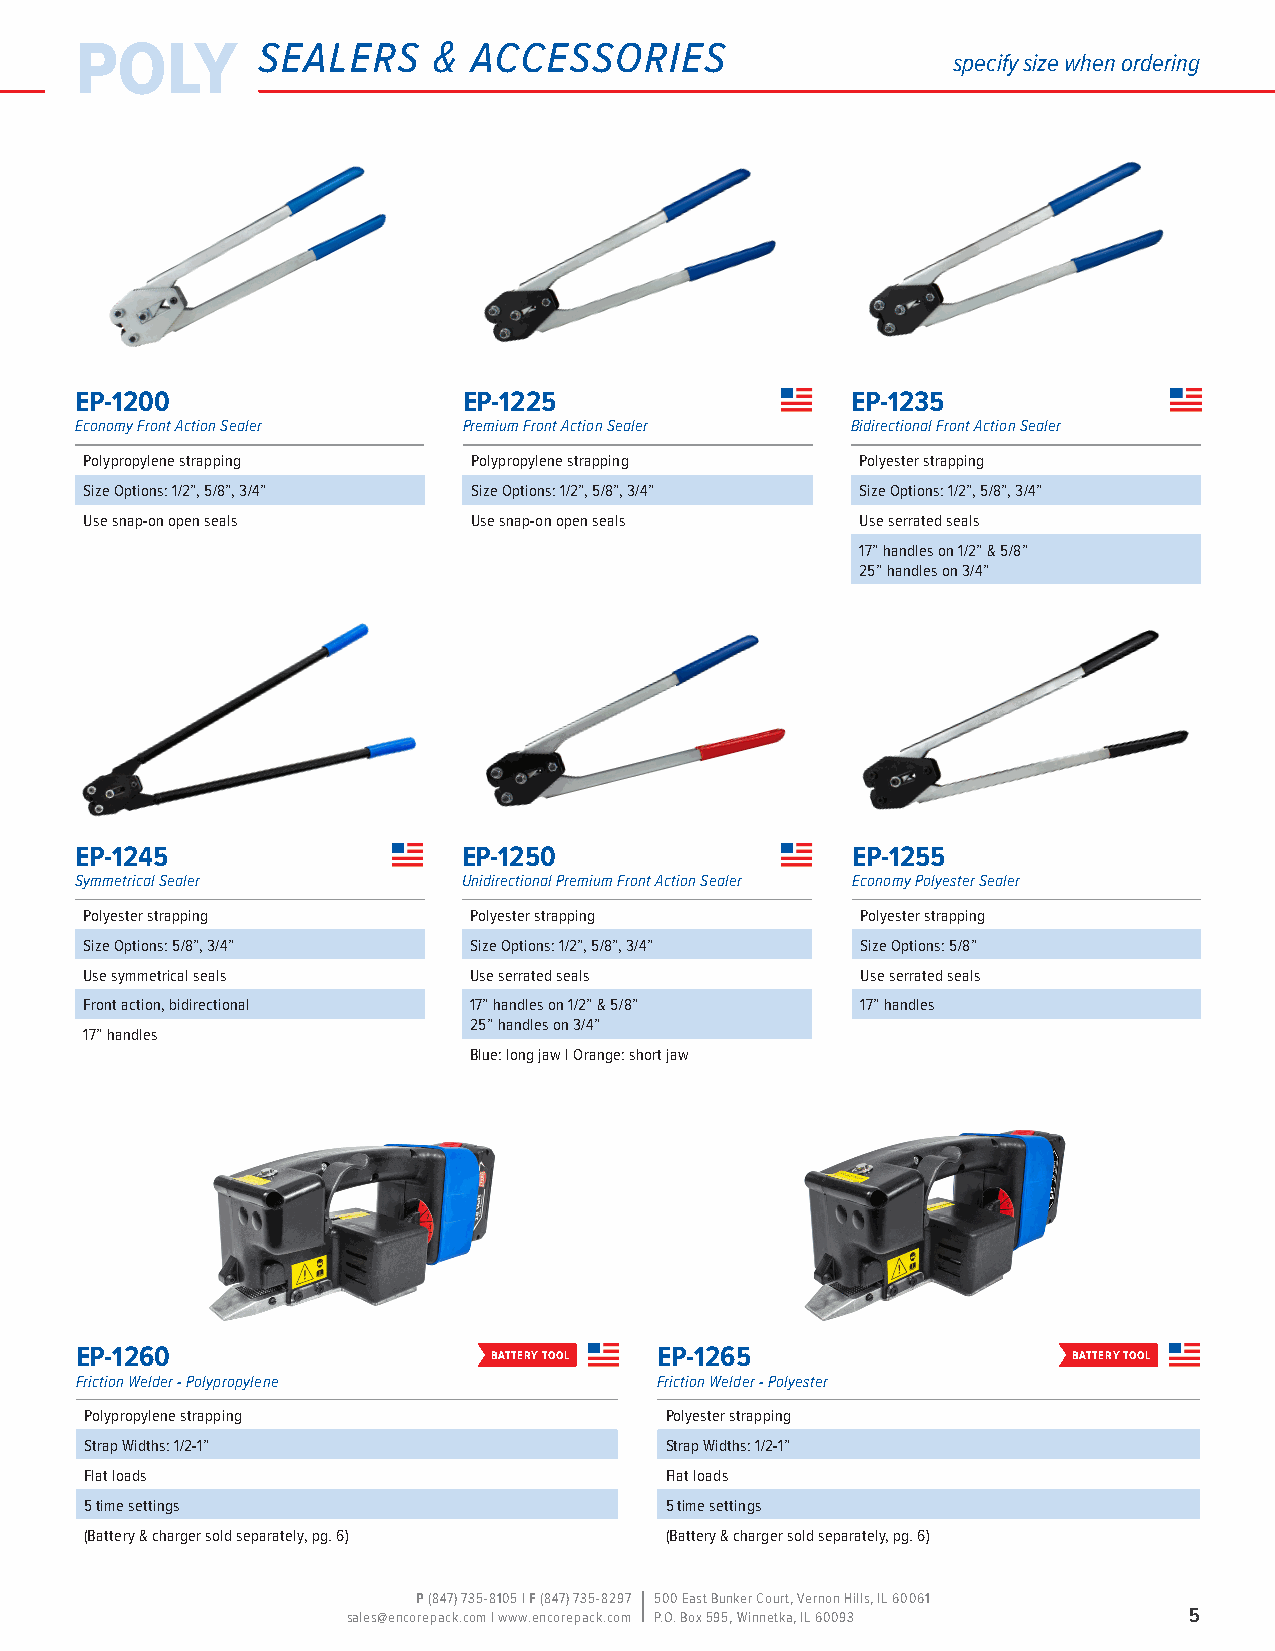
poly        sealers     & accessories
 specify size when ordering
 EP-1200                   EP-1225                  EP-1235
 Economy Front Action Sealer Premium Front Action Sealer Bidirectional Front Action Sealer
 Polypropylene strapping  Polypropylene strapping   Polyester strapping
 Size Options: 1/2”, 5/8”, 3/4” Size Options: 1/2”, 5/8”, 3/4” Size Options: 1/2”, 5/8”, 3/4”
 Use snap-on open seals   Use snap-on open seals    Use serrated seals
 17” handles on 1/2” & 5/8”
 25” handles on 3/4”
 EP-1245                   EP-1250                  EP-1255
 Symmetrical Sealer        Unidirectional Premium Front Action Sealer Economy Polyester Sealer
 Polyester strapping      Polyester strapping       Polyester strapping
 Size Options: 5/8”, 3/4” Size Options: 1/2”, 5/8”, 3/4” Size Options: 5/8”
 Use symmetrical seals    Use serrated seals        Use serrated seals
 Front action, bidirectional 17” handles on 1/2” & 5/8” 17” handles
 25” handles on 3/4”
 17” handles
 Blue: long jaw | Orange: short jaw
 EP-1260                    battery tool EP-1265                   battery tool
 Friction Welder - Polypropylene        Friction Welder - Polyester
 Polypropylene strapping               Polyester strapping
 Strap Widths: 1/2-1”                  Strap Widths: 1/2-1”
 Flat loads                            Flat loads
 5 time settings                       5 time settings
 (Battery & charger sold separately, pg. 6) (Battery & charger sold separately, pg. 6)
 P (847) 735-8105 | F (847) 735-8297 500 East Bunker Court, Vernon Hills, IL 60061
 sales@encorepack.com | www.encorepack.com P.O. Box 595, Winnetka, IL 60093 5